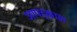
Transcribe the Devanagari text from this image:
आपद्काल